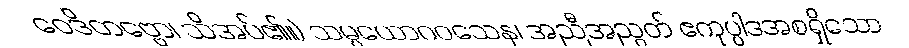
ဝေဒိတဗ္ဗော၊ သိအပ်၏။) သမ္ပယောဂဝသေန၊ အညီအညွတ် ဧကုပ္ပါဒအစရှိသော